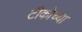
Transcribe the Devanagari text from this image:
टीकोच्या